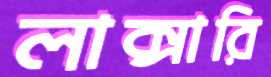
লাক্সারি